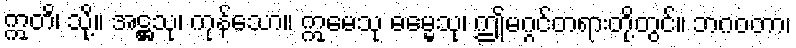
ဣတိ၊ သို့။ အဋ္ဌသု၊ ကုန်သော။ ဣမေသု ဓမ္မေသု၊ ဤမဂ္ဂင်တရားတို့တွင်။ ဘဂဝတာ၊